Bréfritari: Jón Eiríksson
Viðtakandi: Jón Borgfirðings Jónsson
Dagsetning: A-1869-02-21
Skrifað á: Glæsibæ  Eyf. ?

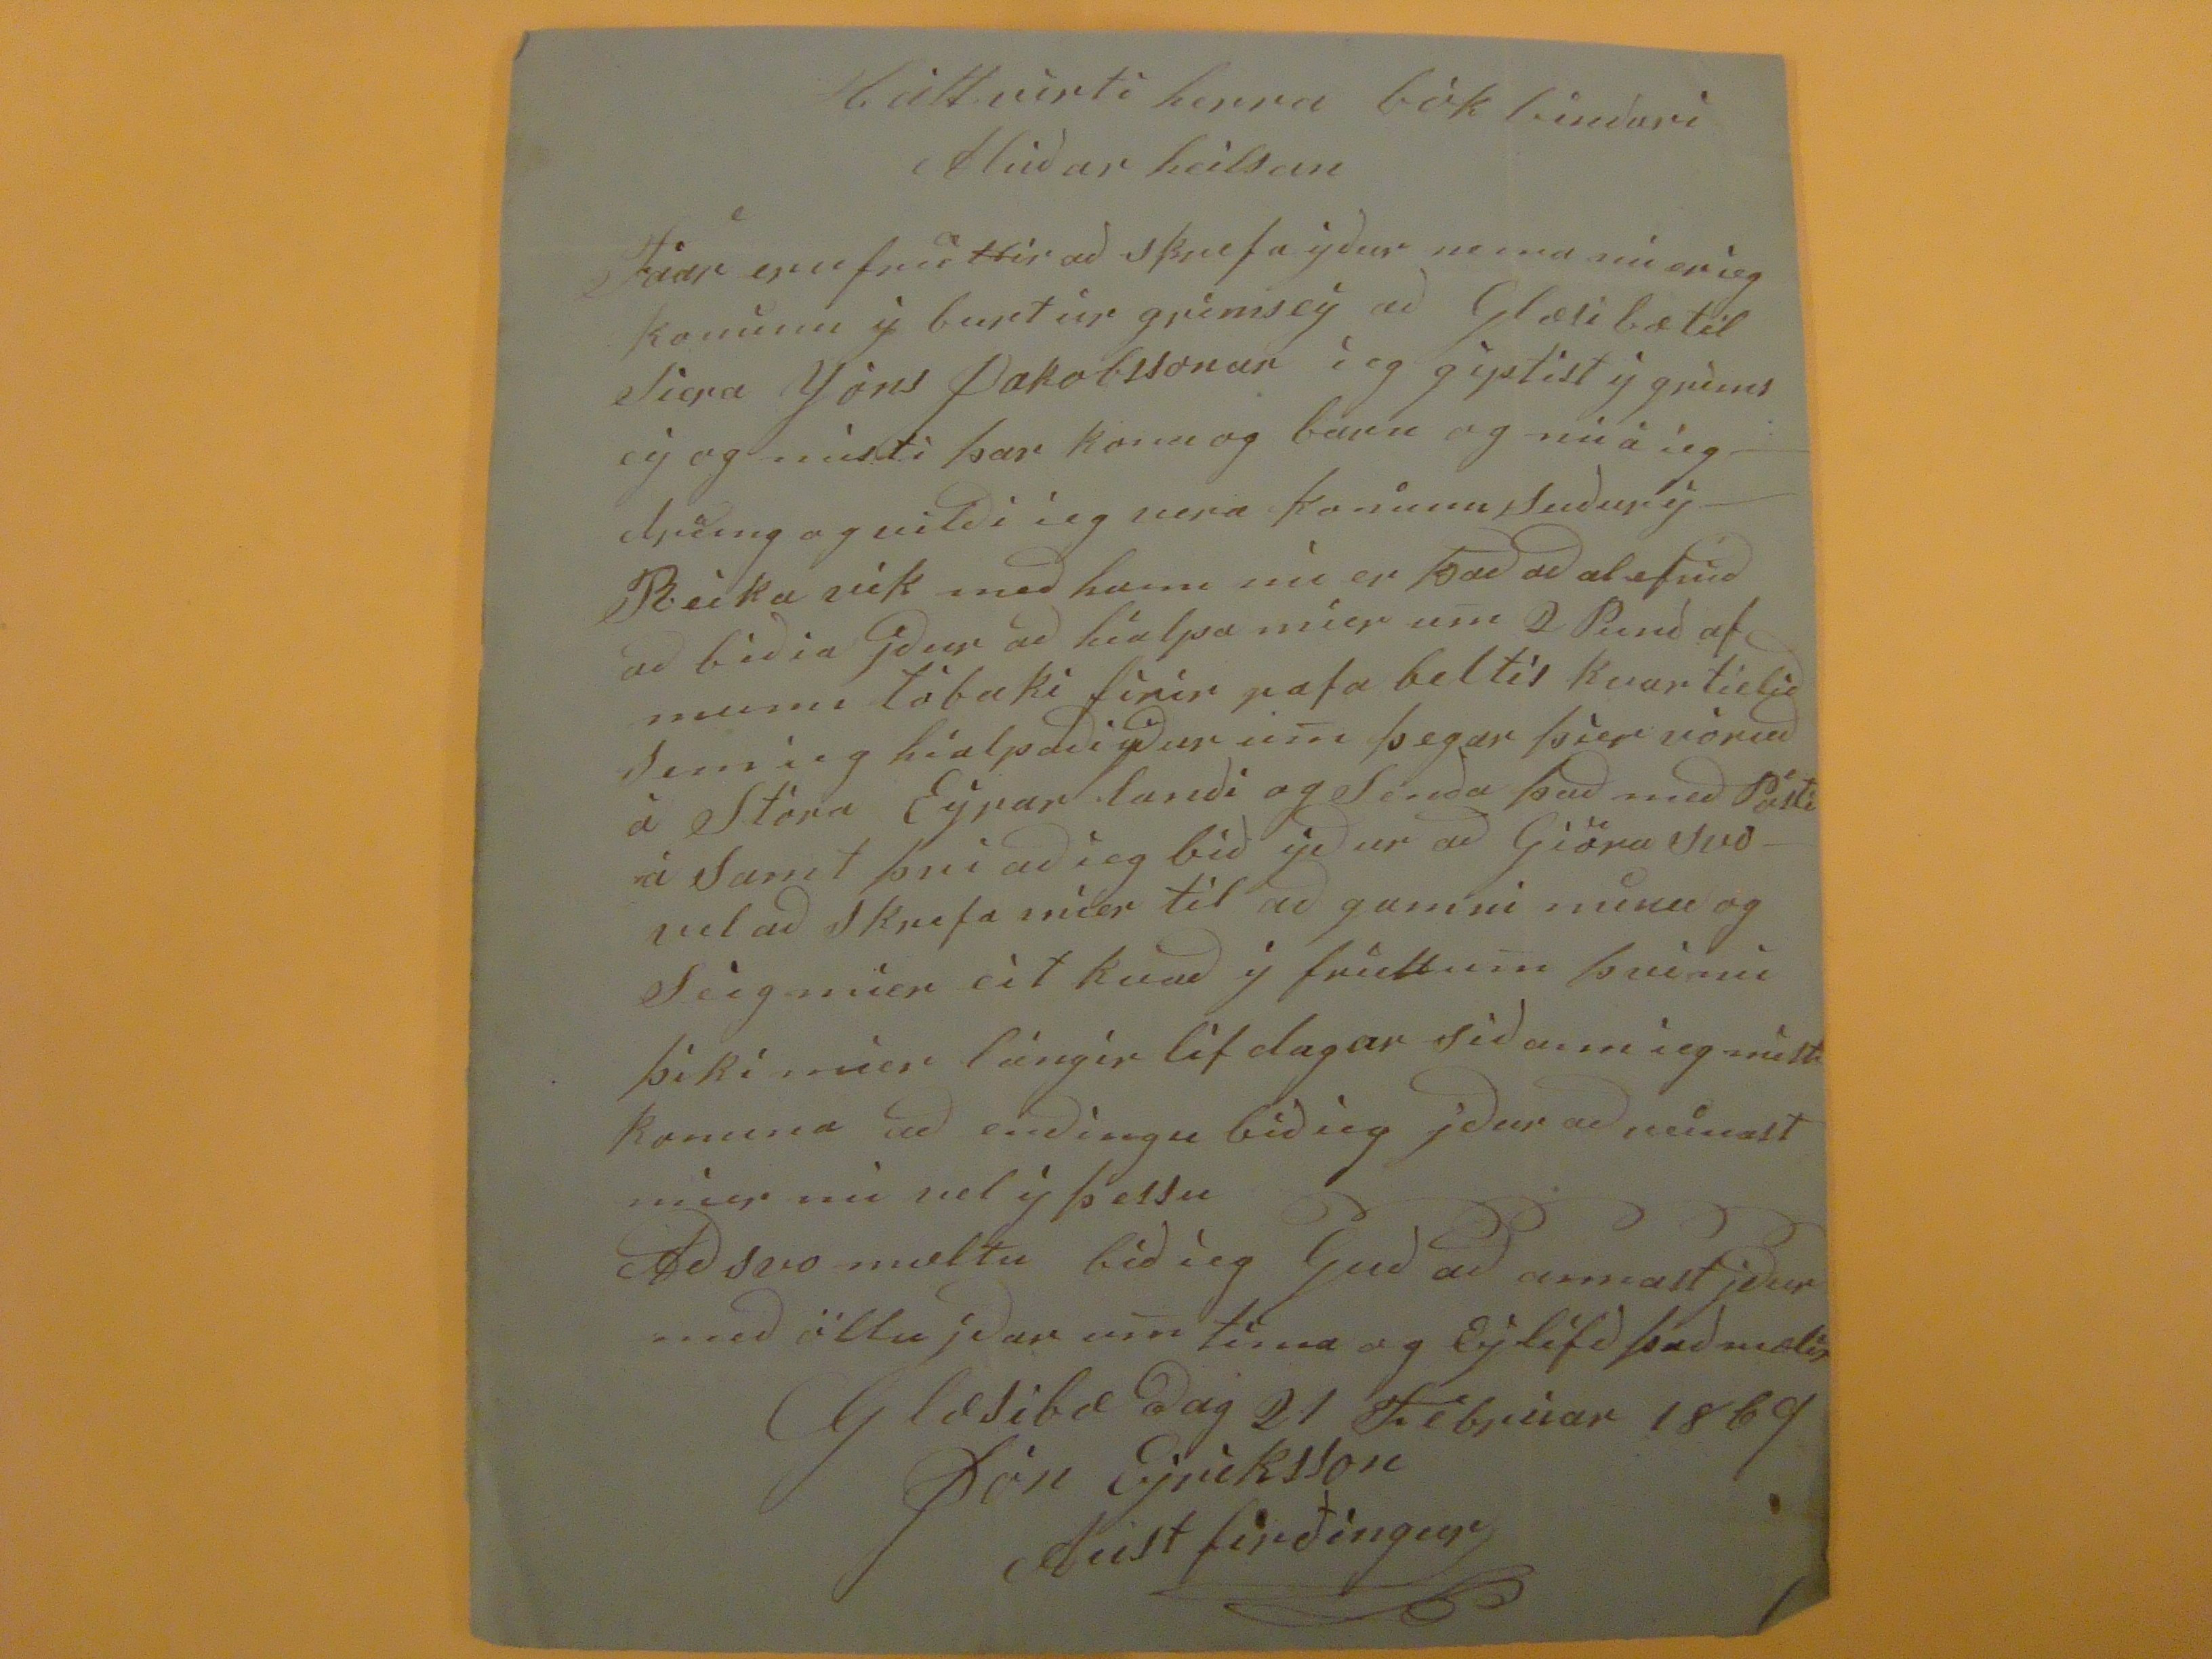

Háttvirti herra bók bindari
alúðar heilsan
Faar eru friettir að skrefa yður nema nú er ieg kominn ý burt úr grimsey að Glæsibæ til Siera Jóns Jakobssonar íeg giptist ý grímseý og misti þar konu og barn og nú á íeg dreing og vilði ieg vera kominn Suður ý Reikavík með hann nú er það að alefnið að biðia jður að híalpa míer um
2 Punð
af munn tóbaki firir pafa beltis kvartielið Sem íeg híalpaði yður u
m
þegar þier voruð á Stóra Eýrar landi og Senda það með Pósti á Samt þvi að íeg bið ýður að Giöra svo vel að Skrefa míer til að gamni minu og Seig míer eít kvað ý friettu
m
þvi nú þiki míer lángir líf dagar siðann íeg misti konuna að enðingu bið íeg jður að reinast míer nú vel ý þessu Að svo mæltu bið íeg Guð að annast jður með öllu jðar u
m
tína og Eýlífð það mælir
Glæsibæ dag 21 Febrúar 1869
Jón Eýríksson
Austfirðingur